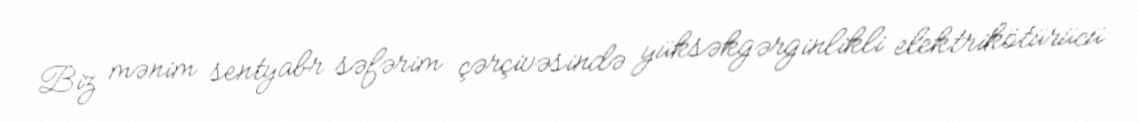
Biz mənim sentyabr səfərim çərçivəsində yüksəkgərginlikli elektrikötürücü